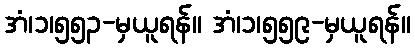
အံ၊၁၊၅၅၃-မှယူရန်။ အံ၊၁၊၅၅၉-မှယူရန်။